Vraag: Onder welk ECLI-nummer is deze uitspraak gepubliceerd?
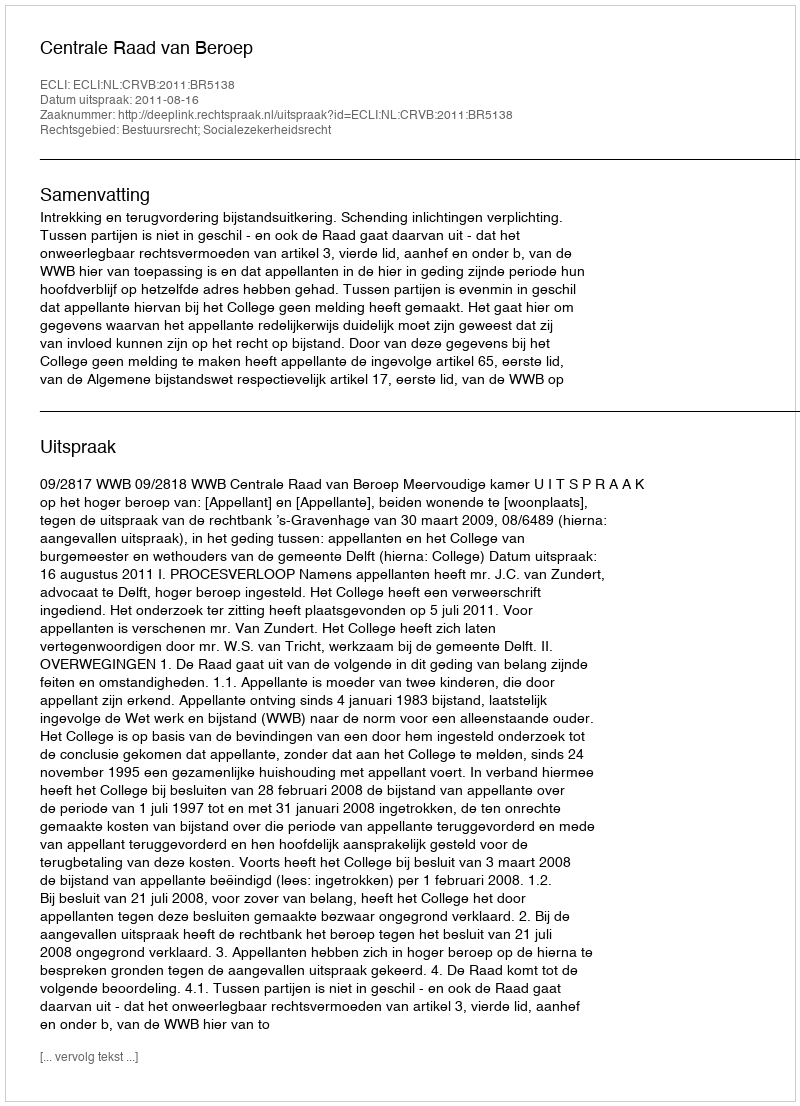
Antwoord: ECLI:NL:CRVB:2011:BR5138